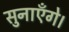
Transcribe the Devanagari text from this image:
सुनाएँगे।